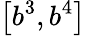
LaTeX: \left[b^{3},b^{4}\right]